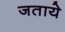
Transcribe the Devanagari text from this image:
जताये